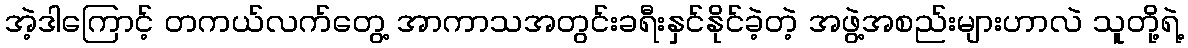
အဲ့ဒါကြောင့် တကယ်လက်တွေ့ အာကာသအတွင်းခရီးနှင်နိုင်ခဲ့တဲ့ အဖွဲ့အစည်းများဟာလဲ သူတို့ရဲ့